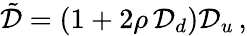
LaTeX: \begin{array}{r}{\tilde{\mathcal{D}}=(1+2\rho\, \mathcal{D}_{d})\mathcal{D}_{u}\, ,}\end{array}